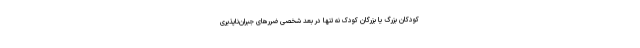
کودکان بزرگ یا بزرگان کودک نه تنها در بعد شخصی ضررهای جبران‌ناپذیری